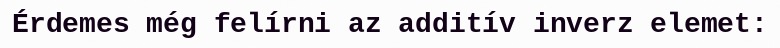
Érdemes még felírni az additív inverz elemet: